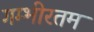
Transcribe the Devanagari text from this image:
गम्भीरतम